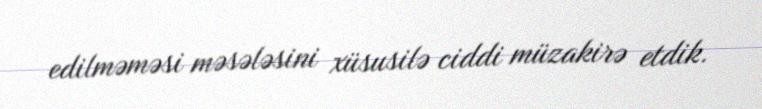
edilməməsi məsələsini xüsusilə ciddi müzakirə etdik.